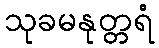
သုခမနုတ္တရံ